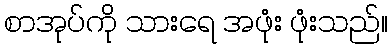
စာအုပ်ကို သားရေ အဖုံး ဖုံးသည်။